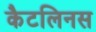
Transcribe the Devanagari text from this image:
कैटलिनस